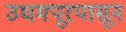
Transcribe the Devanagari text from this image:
उधमपूरपासून